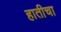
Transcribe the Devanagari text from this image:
हातीचा